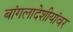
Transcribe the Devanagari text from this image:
बांगलादेशीयांवर